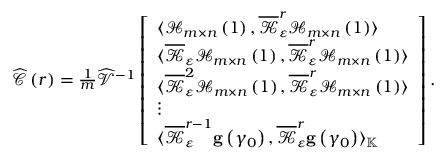
\begin{array} { r } { \widehat { \mathcal { C } } \left( r \right) = \frac { 1 } { m } \widehat { \mathcal { V } } ^ { - 1 } \left[ \begin{array} { l } { \langle \mathcal { H } _ { m \times n } \left( 1 \right) , \overline { { \mathcal { K } } } _ { \varepsilon } ^ { r } \mathcal { H } _ { m \times n } \left( 1 \right) \rangle } \\ { \langle \overline { { \mathcal { K } } } _ { \varepsilon } \mathcal { H } _ { m \times n } \left( 1 \right) , \overline { { \mathcal { K } } } _ { \varepsilon } ^ { r } \mathcal { H } _ { m \times n } \left( 1 \right) \rangle } \\ { \langle \overline { { \mathcal { K } } } _ { \varepsilon } ^ { 2 } \mathcal { H } _ { m \times n } \left( 1 \right) , \overline { { \mathcal { K } } } _ { \varepsilon } ^ { r } \mathcal { H } _ { m \times n } \left( 1 \right) \rangle } \\ { \vdots } \\ { \langle \overline { { \mathcal { K } } } _ { \varepsilon } ^ { r - 1 } \mathbf { g } \left( \gamma _ { 0 } \right) , \overline { { \mathcal { K } } } _ { \varepsilon } ^ { r } \mathbf { g } \left( \gamma _ { 0 } \right) \rangle _ { \mathbb { K } } } \end{array} \right] . } \end{array}